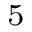
^ 5